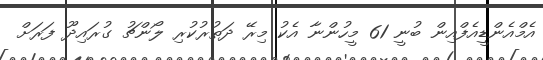
އެމްއެންޑީއެފްއިން ބުނީ 61 މީހުންނާ އެކު މިރޭ ދަތުރުކުރި ލޯންޗު ގުރައިދޫ ފަރަށް